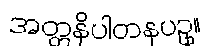
အတ္တနိပါတနပဥှ။